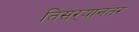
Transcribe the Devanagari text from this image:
तिसऱ्यानंतर